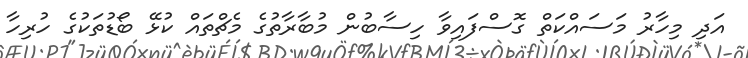
އަދި މިހާރު މަސައްކަތް ގޮސްފައިވާ ހިސާބުން މުބާރާތުގެ މެޗްތައް ކުޅޭ ބޯޑުތަކުގެ ހުރިހާ